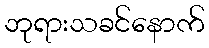
ဘုရားသခင်နောက်